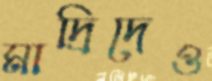
মাদ্রিদেও